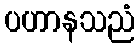
ပဟာနသညံ